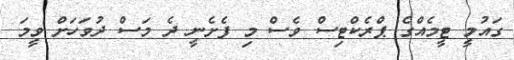
ގައުމީ ޓީމެއްގެ ޕްރެކްޓިސް ވެސް މި ފެށެނީ ދެ މަސް ދުވަހަށް ވީމަ